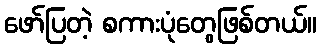
ဖော်ပြတဲ့ စကားပုံတွေဖြစ်တယ်။